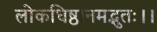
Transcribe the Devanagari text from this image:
लोकधिष्ठानमद्भुतः।।